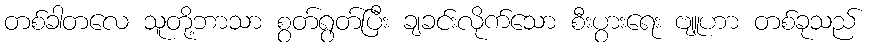
တစ်ခါတလေ သူတို့ဘာသာ စွတ်ရွတ်ပြီး ချခင်းလိုက်သော စီးပွားရေး ဗျူဟာ တစ်ခုသည်